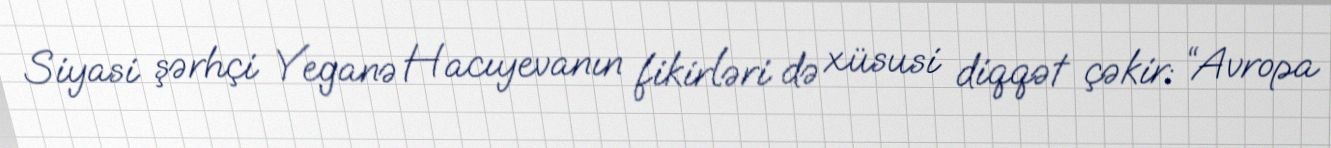
Siyasi şərhçi Yeganə Hacıyevanın fikirləri də xüsusi diqqət çəkir: “Avropa